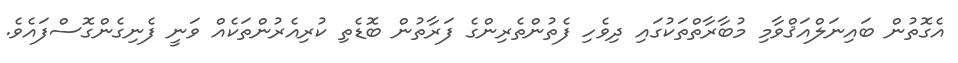
އެގޮތުން ބައިނަލްއަޤްވާމި މުބާރާތްތަކުގައި ދިވެހި ފެތުންތެރިންގެ ފަރާތުން ބޮޑެތި ކުރިއެރުންތަކެއް ވަނީ ފެނިގެންގޮސްފައެވެ.